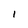
Character: l